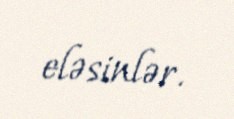
eləsinlər.